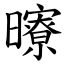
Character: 曢